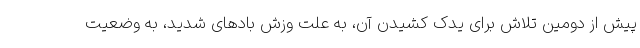
پیش از دومین تلاش برای یدک کشیدن آن، به علت وزش بادهای شدید، به وضعیت